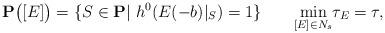
LaTeX: \begin{align*}\mathbf{P}\bigl([E]\bigr)=\{S\in\mathbf{P}|\ h^0(E(-b)|_S)=1\} \ \ \ \ \ \ \underset{[E]\in N_s}{\min}\tau_E=\tau,\end{align*}